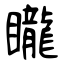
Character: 矓